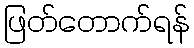
ဖြတ်တောက်ရန်